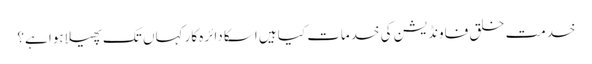
خدمت خلق فاونڈیشن کی خدمات کیا ہیں اسکا دائرہ کار کہاں تک پھیلا ہوا ہے؟